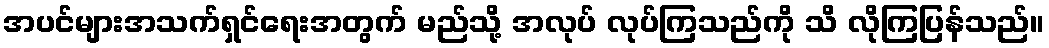
အပင်များအသက်ရှင်ရေးအတွက် မည်သို့ အလုပ် လုပ်ကြသည်ကို သိ လိုကြပြန်သည်။